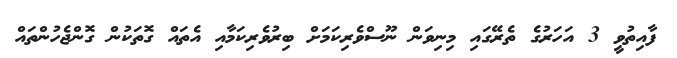
ފާއިތުވީ 3 އަހަރުގެ ތެރޭގައި މިނިވަން ނޫސްވެރިކަމަށް ބިރުވެރިކަމާއި އެތައް ގޮތަކުން ގޮންޖެހުންތައް